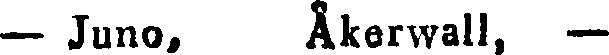
— Juno, Åkerwall, —